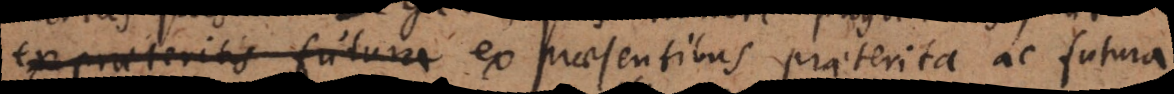
praeteritis futura praesentibus praeterita ac futura